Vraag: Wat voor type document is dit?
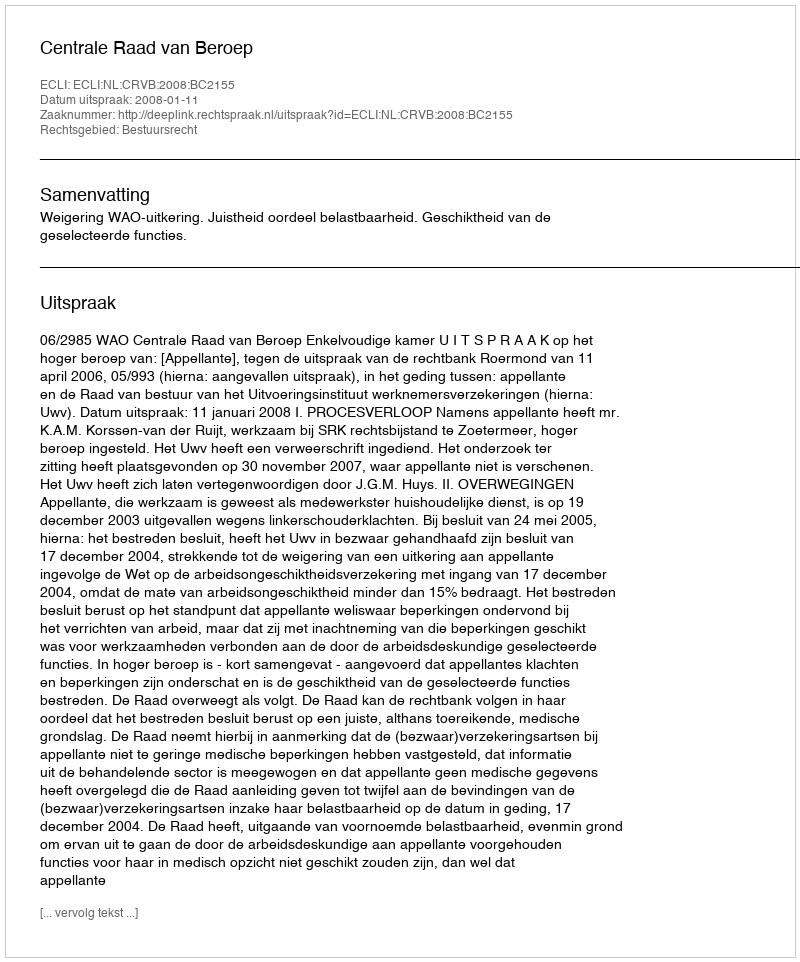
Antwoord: Uitspraak